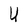
Character: U